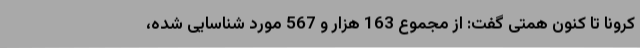
کرونا تا کنون همتی گفت: از مجموع 163 هزار و 567 مورد شناسایی شده،